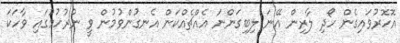
އޮހޮރުވައިގެން ހޯދި ލާރިން އޭނަ ލިބިގަންނަ އެއްޗެއްކަން އެނގުންވުމުން ވީ ނުރުހުމުގައި ވާހަކަ